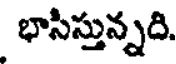
భాసిస్తున్నది.